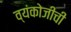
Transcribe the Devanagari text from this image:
व्यंकोजीची